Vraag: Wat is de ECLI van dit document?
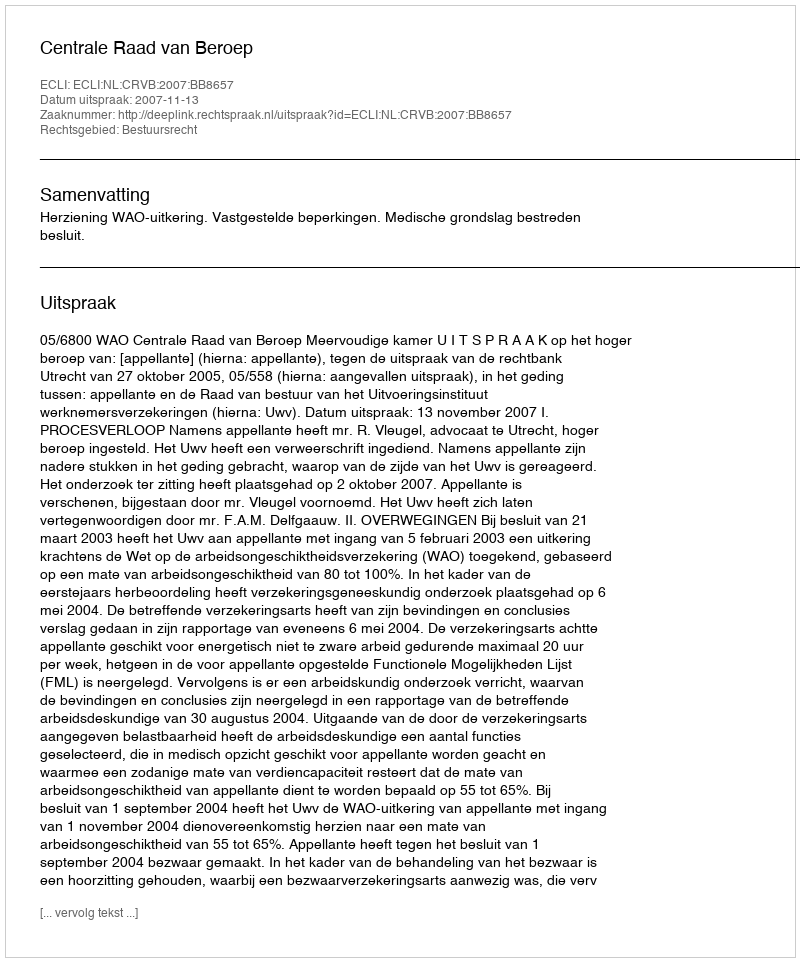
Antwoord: ECLI:NL:CRVB:2007:BB8657